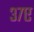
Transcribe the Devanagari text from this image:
३७ए